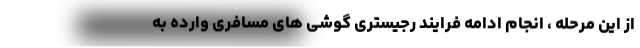
از این مرحله ، انجام ادامه فرایند رجیستری گوشی های مسافری وارده به